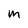
Character: M